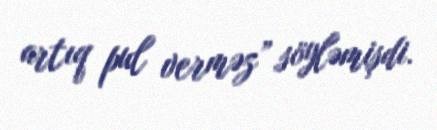
artıq pul verməz” söyləmişdi.